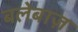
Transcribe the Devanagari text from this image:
बलेबाज़